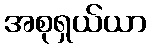
အစုရှယ်ယာ